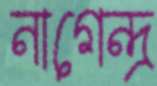
নাগেন্দ্র